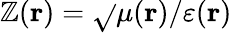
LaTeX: \mathbb{Z}(\mathbf{{r}})=\sqrt{}{{\mu(\mathbf{{r}})/\varepsilon(\mathbf{{r}})}}